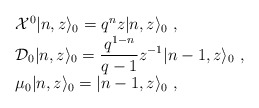
\begin{align*}\begin{array}{l}{\cal X}^0\vert n,z\rangle_0=q^{n}z\vert n,z\rangle_0~,\\{\cal D}_0\vert n,z\rangle_0=\displaystyle\frac{q^{1-n}}{q-1}z^{-1}\vert n-1,z\rangle_0~,\\\mu_0\vert n,z\rangle_0=\vert n-1,z\rangle_0~,\end{array}\end{align*}